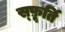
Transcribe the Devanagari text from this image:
स्फ़ूर्ति